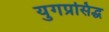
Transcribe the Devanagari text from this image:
युगप्रसिद्ध